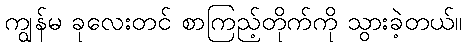
ကျွန်မ ခုလေးတင် စာကြည့်တိုက်ကို သွားခဲ့တယ်။